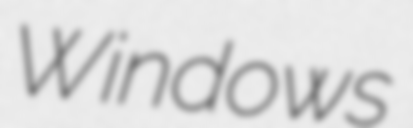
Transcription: Windows